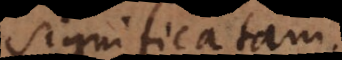
significatam.